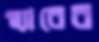
স্ল্যাবের